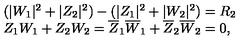
\begin{array} { l c r } { ( | W _ { 1 } | ^ { 2 } + | Z _ { 2 } | ^ { 2 } ) - ( | Z _ { 1 } | ^ { 2 } + | W _ { 2 } | ^ { 2 } ) = R _ { 2 } } \\ { Z _ { 1 } W _ { 1 } + Z _ { 2 } W _ { 2 } = \overline { { Z } } _ { 1 } \overline { { W } } _ { 1 } + \overline { { Z } } _ { 2 } \overline { { W } } _ { 2 } = 0 , } \\ \end{array}